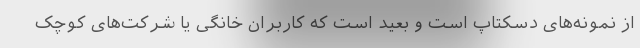
از نمونه‌های دسکتاپ است و بعید است که کاربران خانگی یا شرکت‌های کوچک